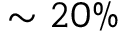
\sim 2 0 \%